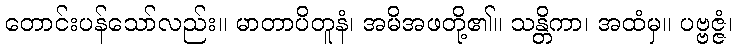
တောင်းပန်သော်လည်း။ မာတာပိတူနံ၊ အမိအဖတို့၏။ သန္တိကာ၊ အထံမှ။ ပဗ္ဗဇ္ဇံ၊